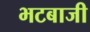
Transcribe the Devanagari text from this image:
भटबाजी